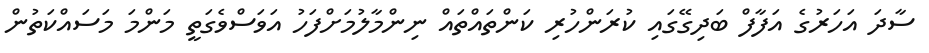
ސާދަ އަހަރުގެ އަފާފް ބަދިގޭގައި ކުރަންހުރި ކަންތައްތައް ނިންމާލުމަށްފަހު އަވަސްވެގަތީ މަންމަ މަސައްކަތުން